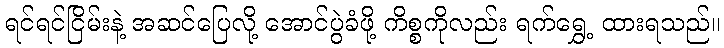
ရင်ရင်ငြိမ်းနဲ့ အဆင်ပြေလို့ အောင်ပွဲခံဖို့ ကိစ္စကိုလည်း ရက်ရွှေ့ ထားရသည်။